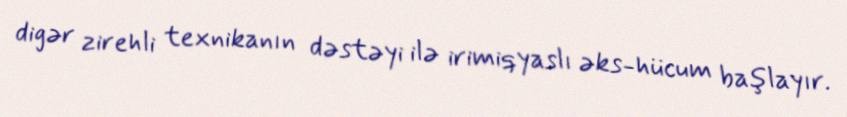
digər zirehli texnikanın dəstəyi ilə irimiqyaslı əks-hücum başlayır.